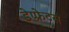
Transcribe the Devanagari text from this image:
डेप्फ्रेटस